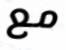
مع